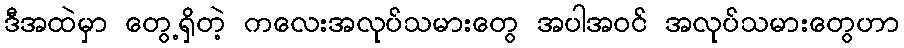
ဒီအထဲမှာ တွေ့ရှိတဲ့ ကလေးအလုပ်သမားတွေ အပါအဝင် အလုပ်သမားတွေဟာ